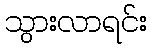
သွားလာရင်း